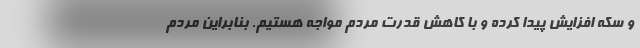
و سکه افزایش پیدا کرده و با کاهش قدرت مردم مواجه هستیم. بنابراین مردم